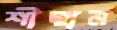
শীহান